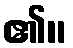
၏။